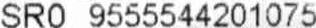
SRO 9555544201075